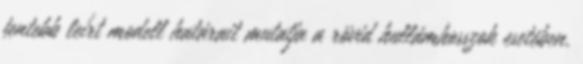
fentebb leírt modell határait mutatja a rövid hullámhosszok esetében.